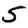
Digit: 5